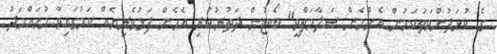
ގެ ކުޅަދުންވަތަކަމުން އެންމެން ސަލާމަތްވީ" ބޯޓުން ދަތުރުކުރި އެހެން ފަޅުވެރިޔެއް ކަމުގައިވާ މުހައްމަދު